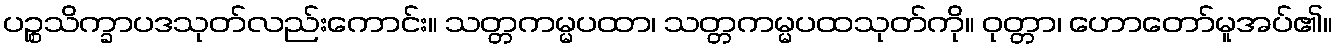
ပဉ္စသိက္ခာပဒသုတ်လည်းကောင်း။ သတ္တကမ္မပထာ၊ သတ္တကမ္မပထသုတ်ကို။ ဝုတ္တာ၊ ဟောတော်မူအပ်၏။